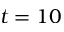
t = 1 0